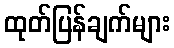
ထုတ်ပြန်ချက်များ